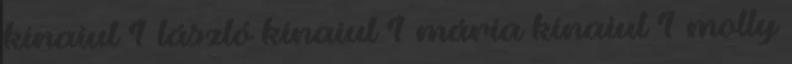
kínaiul 1 lászló kínaiul 1 mária kínaiul 1 molly